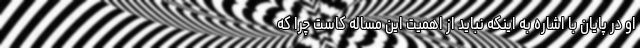
او در پایان با اشاره به اینکه نباید از اهمیت این مساله کاست چرا که